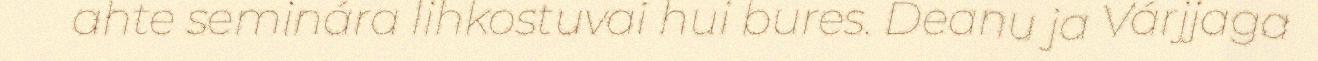
ahte seminára lihkostuvai hui bures. Deanu ja Várjjaga